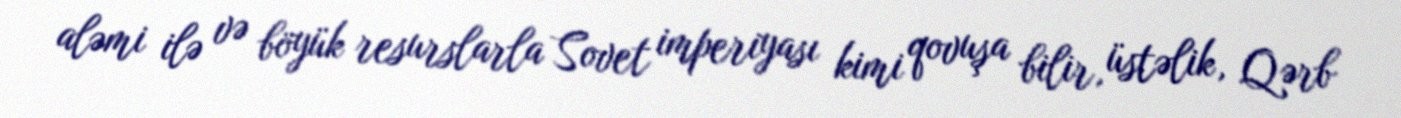
aləmi ilə və böyük resurslarla Sovet imperiyası kimi qovuşa bilir, üstəlik, Qərb